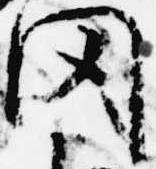
聞